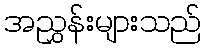
အညွှန်းများသည်